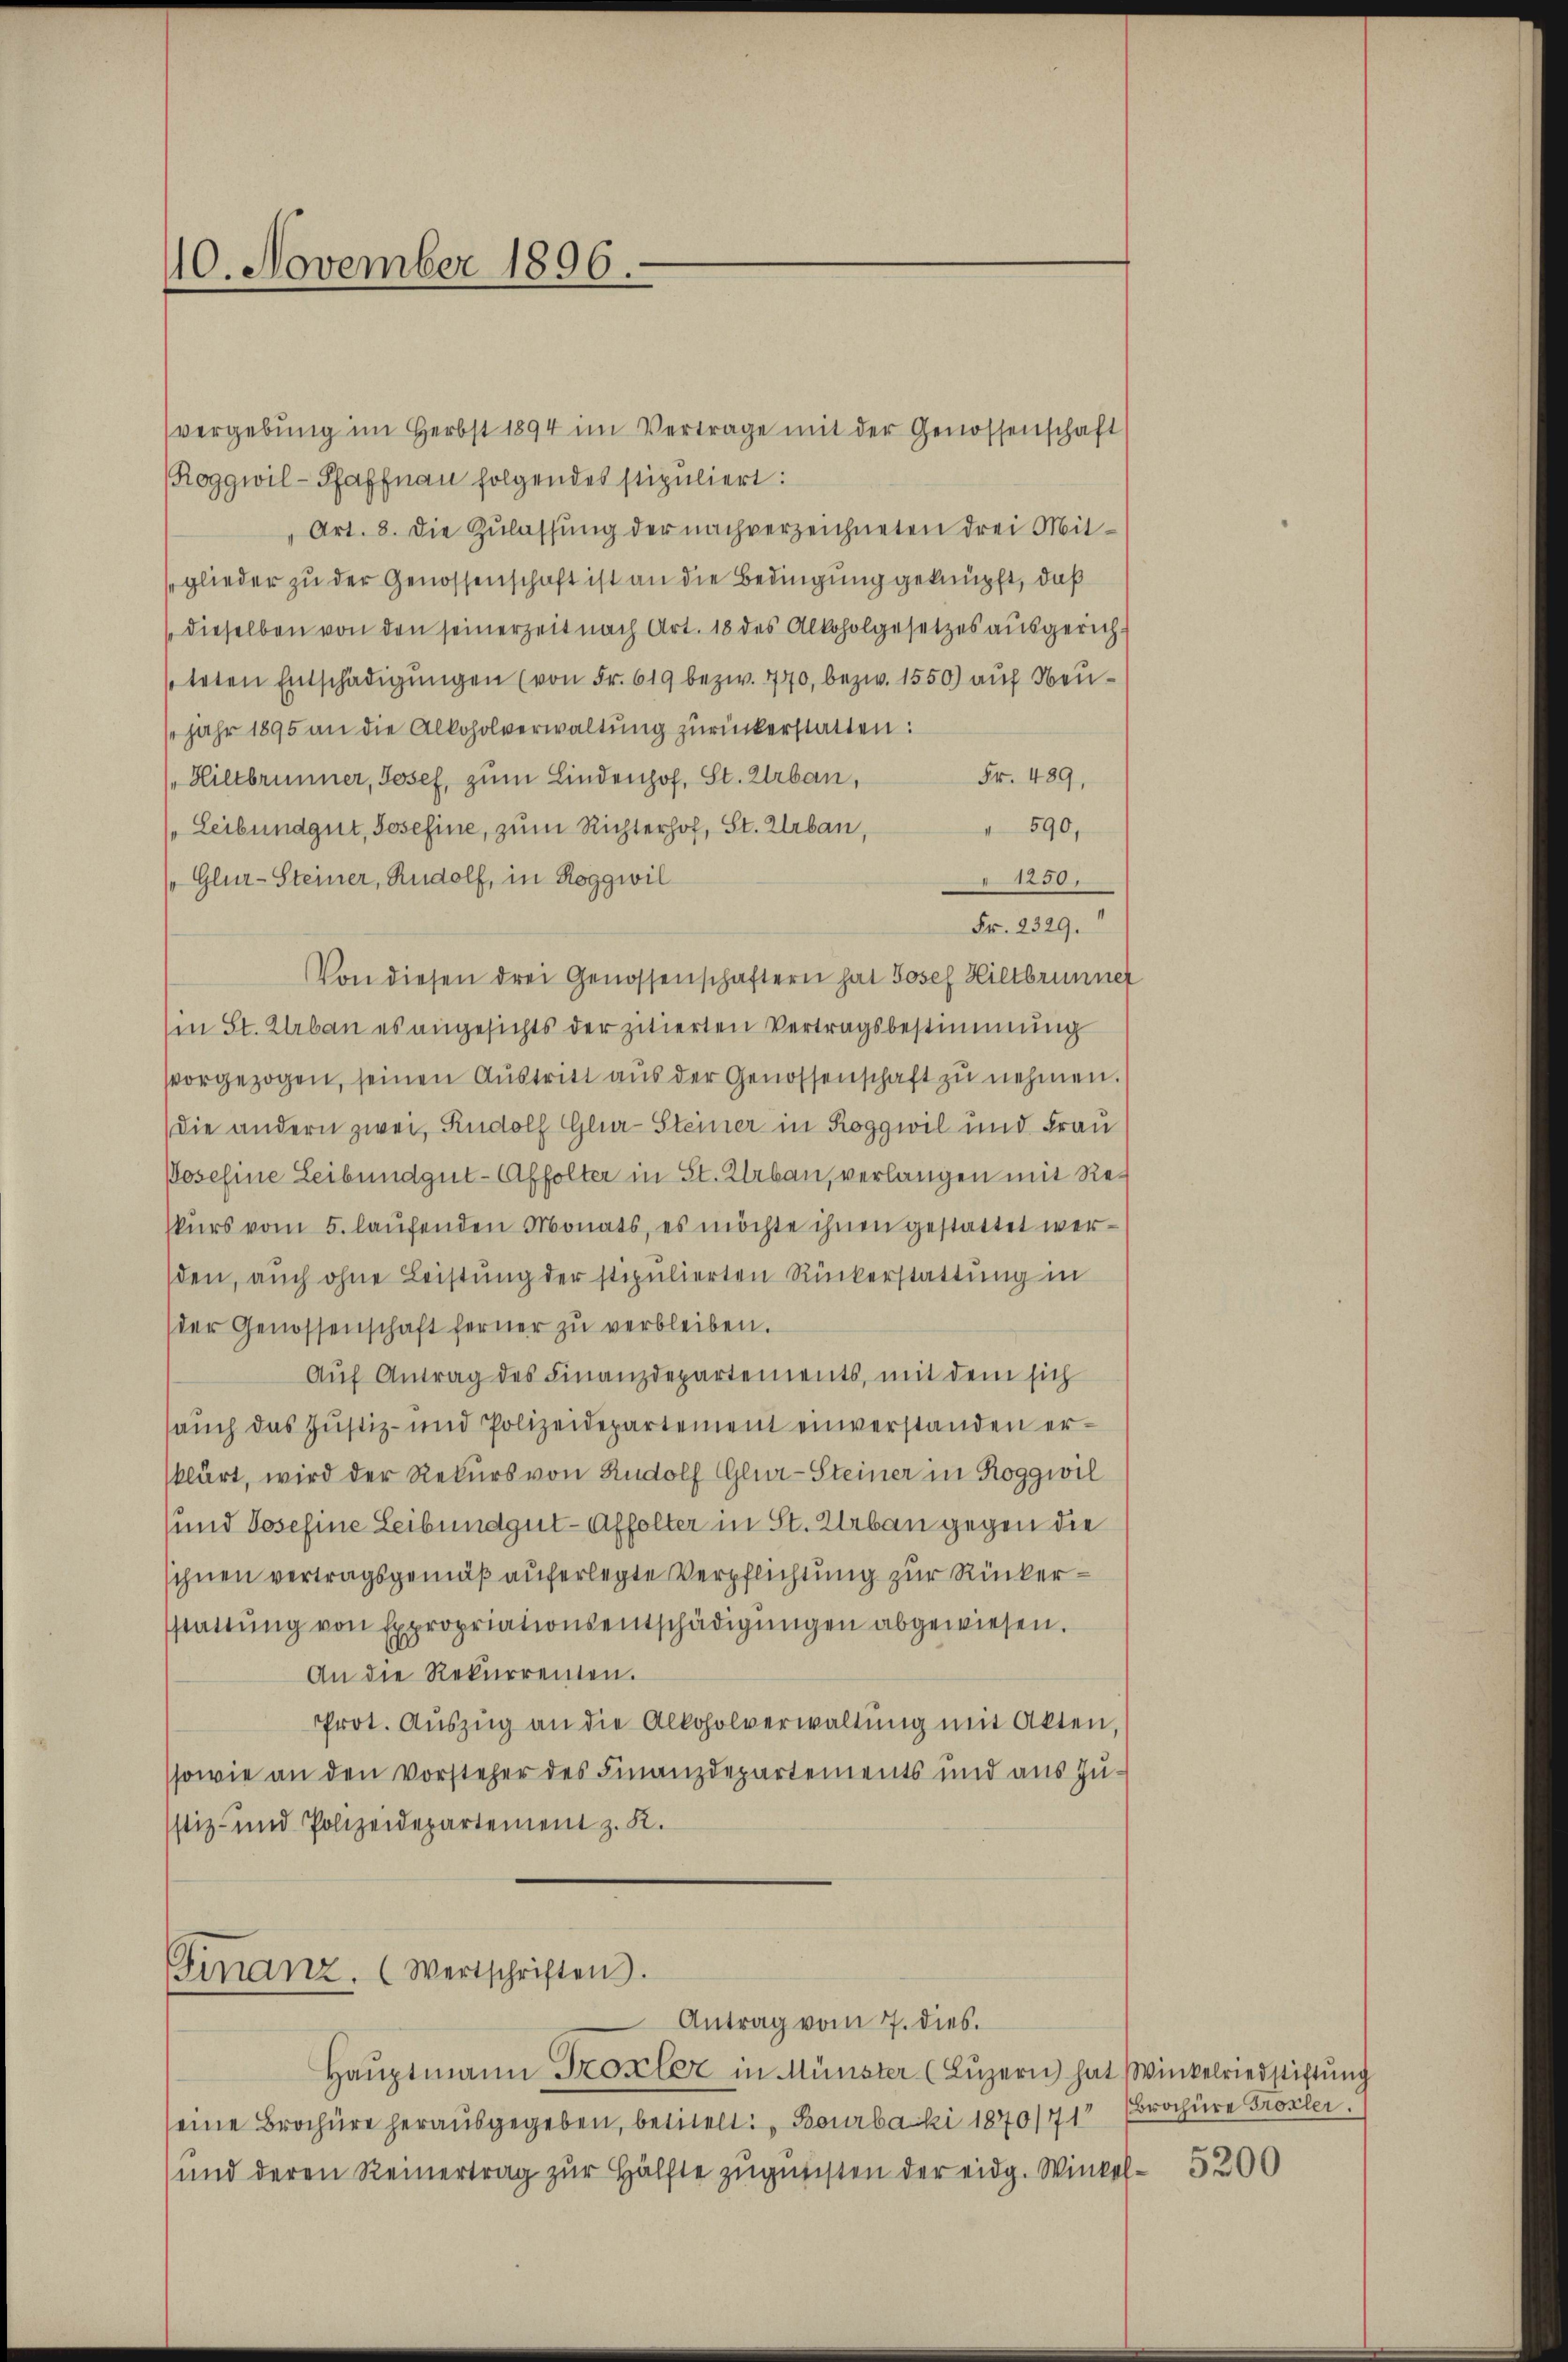
40. November 1896.

vergebŭng im Herbst 1894 im Vertrage mit der Genossenschaft)
Roggwil-Pfaffnau folgendes stipuliert:
Art. 8. die Zulassung der nachverzeichneten drei Mitglieder zu der Genossenschaft ist an die Bedingung geknüpft, daß
(dieselben von den seinerzeit nach Art. 18 des Alkoholgesetzes ausgerichsteten Entschädigŭngen (von Fr. 619 bezw. 770, bezw. 1550) auf Neujahr 1895 an die Alkoholverwaltŭng zurückerstatten:
Fr. 489,
Hiltbrunner, Josef, zum Lindenhof, St. Urban,
 590,
(Leibundgut, Josefine, zum Richterhof, St. Urban,
1250.
Glur-Steiner, Rudolf, in Roggwil
Fr. 2329.
Von diesen drei Genossenschaftern hat Josef Hiltbrunner
Ein St. Urban es angesichts der zitierten Vertragsbestimmung
svorgezogen, seinen Austritt aus der Genossenschaft zu nehmen.
die andern zwei, dolf Glur-Steiner in Roggwil und Frau
Poschine Leibundgut-Affolter in St. Urban, verlangen mit Reskŭrs vom 5. laŭfenden Monats, es möchte ihnen gestattet werden, auch ohne Leistung der stipulierten Rückerstattung in
der Genossenschaft ferner zu verbleiben.
Aŭf Antrag des Finanzdepartements, mit dem sich
sauch das Justiz- und Polizeidepartement einverstanden erklärt, wird der Rekurs von Rudolf Glur-Steiner in Roggwil
und Josefine Leibundgut-Affolter in St. Urbau gegen die
schnen vertragsgemäß auferlegte Verpflichtung zur Rückerstattŭng von Expropriationsentschädigŭngen abgewiesen.
An die Rekurrenten.
Prot. Aŭszŭg an die Alkoholverwaltŭng mit Akten,
ssowie an den Vorsteher des Finanzdepartements und aus Zü
stiz- und Polizeidepartement z. K.

Finanz. (Wertschriften.
Antrag vom 7. dies.

Haŭptmann Troseler in Münster (Lŭzern hat Winkelriedstiftŭng
eine Brochüre herausgegeben, betitelt: „Bourbacki 1870/71
und deren Reinertrag zur Hälfte zugunsten der eidg. Winkel 5200

brochüre Froxler.